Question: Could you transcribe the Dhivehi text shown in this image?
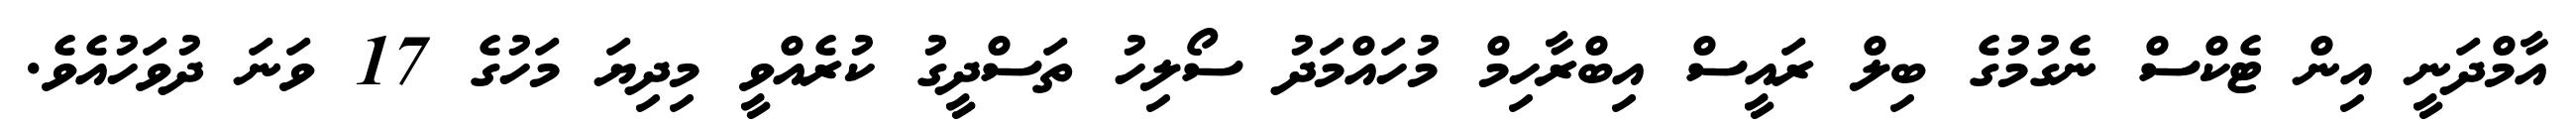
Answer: އާމްދަނީ އިން ޓެކްސް ނެގުމުގެ ބިލް ރައީސް އިބްރާހިމް މުހައްމަދު ސޯލިހު ތަސްދީގު ކުރެއްވީ މިދިޔަ މަހުގެ 17 ވަނަ ދުވަހުއެވެ.